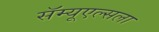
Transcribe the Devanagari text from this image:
सॅम्यूएल्सला